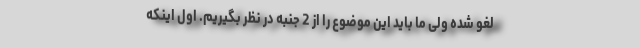
لغو شده ولی ما باید این موضوع را از 2 جنبه در نظر بگیریم. اول اینکه